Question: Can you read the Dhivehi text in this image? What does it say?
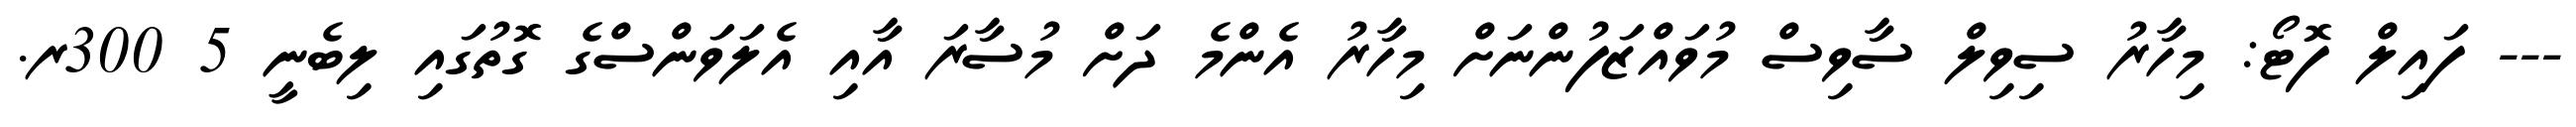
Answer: --- ފައިލް ފޮޓޯ: މިހާރު ސިވިލް ސާވިސް މުވައްޒަފުންނަށް މިހާރު އެންމެ ދަށް މުސާރަ އާއި އެލަވަންސްގެ ގޮތުގައި ލިބެނީ 5 300ރ.